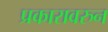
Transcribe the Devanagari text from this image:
प्रकारावरुन